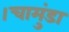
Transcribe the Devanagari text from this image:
।चामुंडा